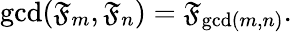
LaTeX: \operatorname*{gcd}(\mathfrak{F}_{m},\mathfrak{F}_{n})=\mathfrak{F}_{\operatorname*{gcd}(m,n)}.